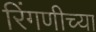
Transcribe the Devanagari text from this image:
रिंगणीच्या